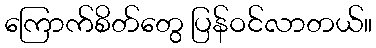
ကြောက်စိတ်တွေ ပြန်ဝင်လာတယ်။